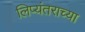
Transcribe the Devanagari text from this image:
लिप्यंतराच्या